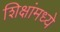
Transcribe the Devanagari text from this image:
शिक्षांमध्ये